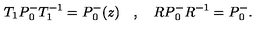
T _ { 1 } P { _ 0 ^ { - } } T _ { 1 } ^ { - 1 } = P { _ 0 ^ { - } } ( z ) \quad , \quad R P { _ 0 ^ { - } } R ^ { - 1 } = P { _ 0 ^ { - } } .